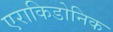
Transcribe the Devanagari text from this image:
एराकिडोनिक